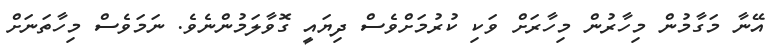
އޭނާ މަގާމުން މިހާރުން މިހާރަށް ވަކި ކުރުމަށްވެސް ދިޔައީ ގޮވާލަމުންނެވެ. ނަމަވެސް މިހާތަނަށް